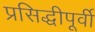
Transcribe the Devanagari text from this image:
प्रसिद्धीपूर्वी